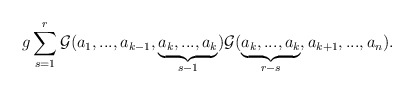
\begin{align*}g\sum_{s=1}^{r}{{\cal G}}(a_1,...,a_{k-1},\underbrace{a_k,...,a_k}_{s-1}){{\cal G}}(\underbrace{a_k,...,a_k}_{r-s},a_{k+1},...,a_n).\end{align*}